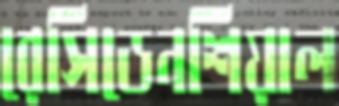
রেসিডেনশিয়াল